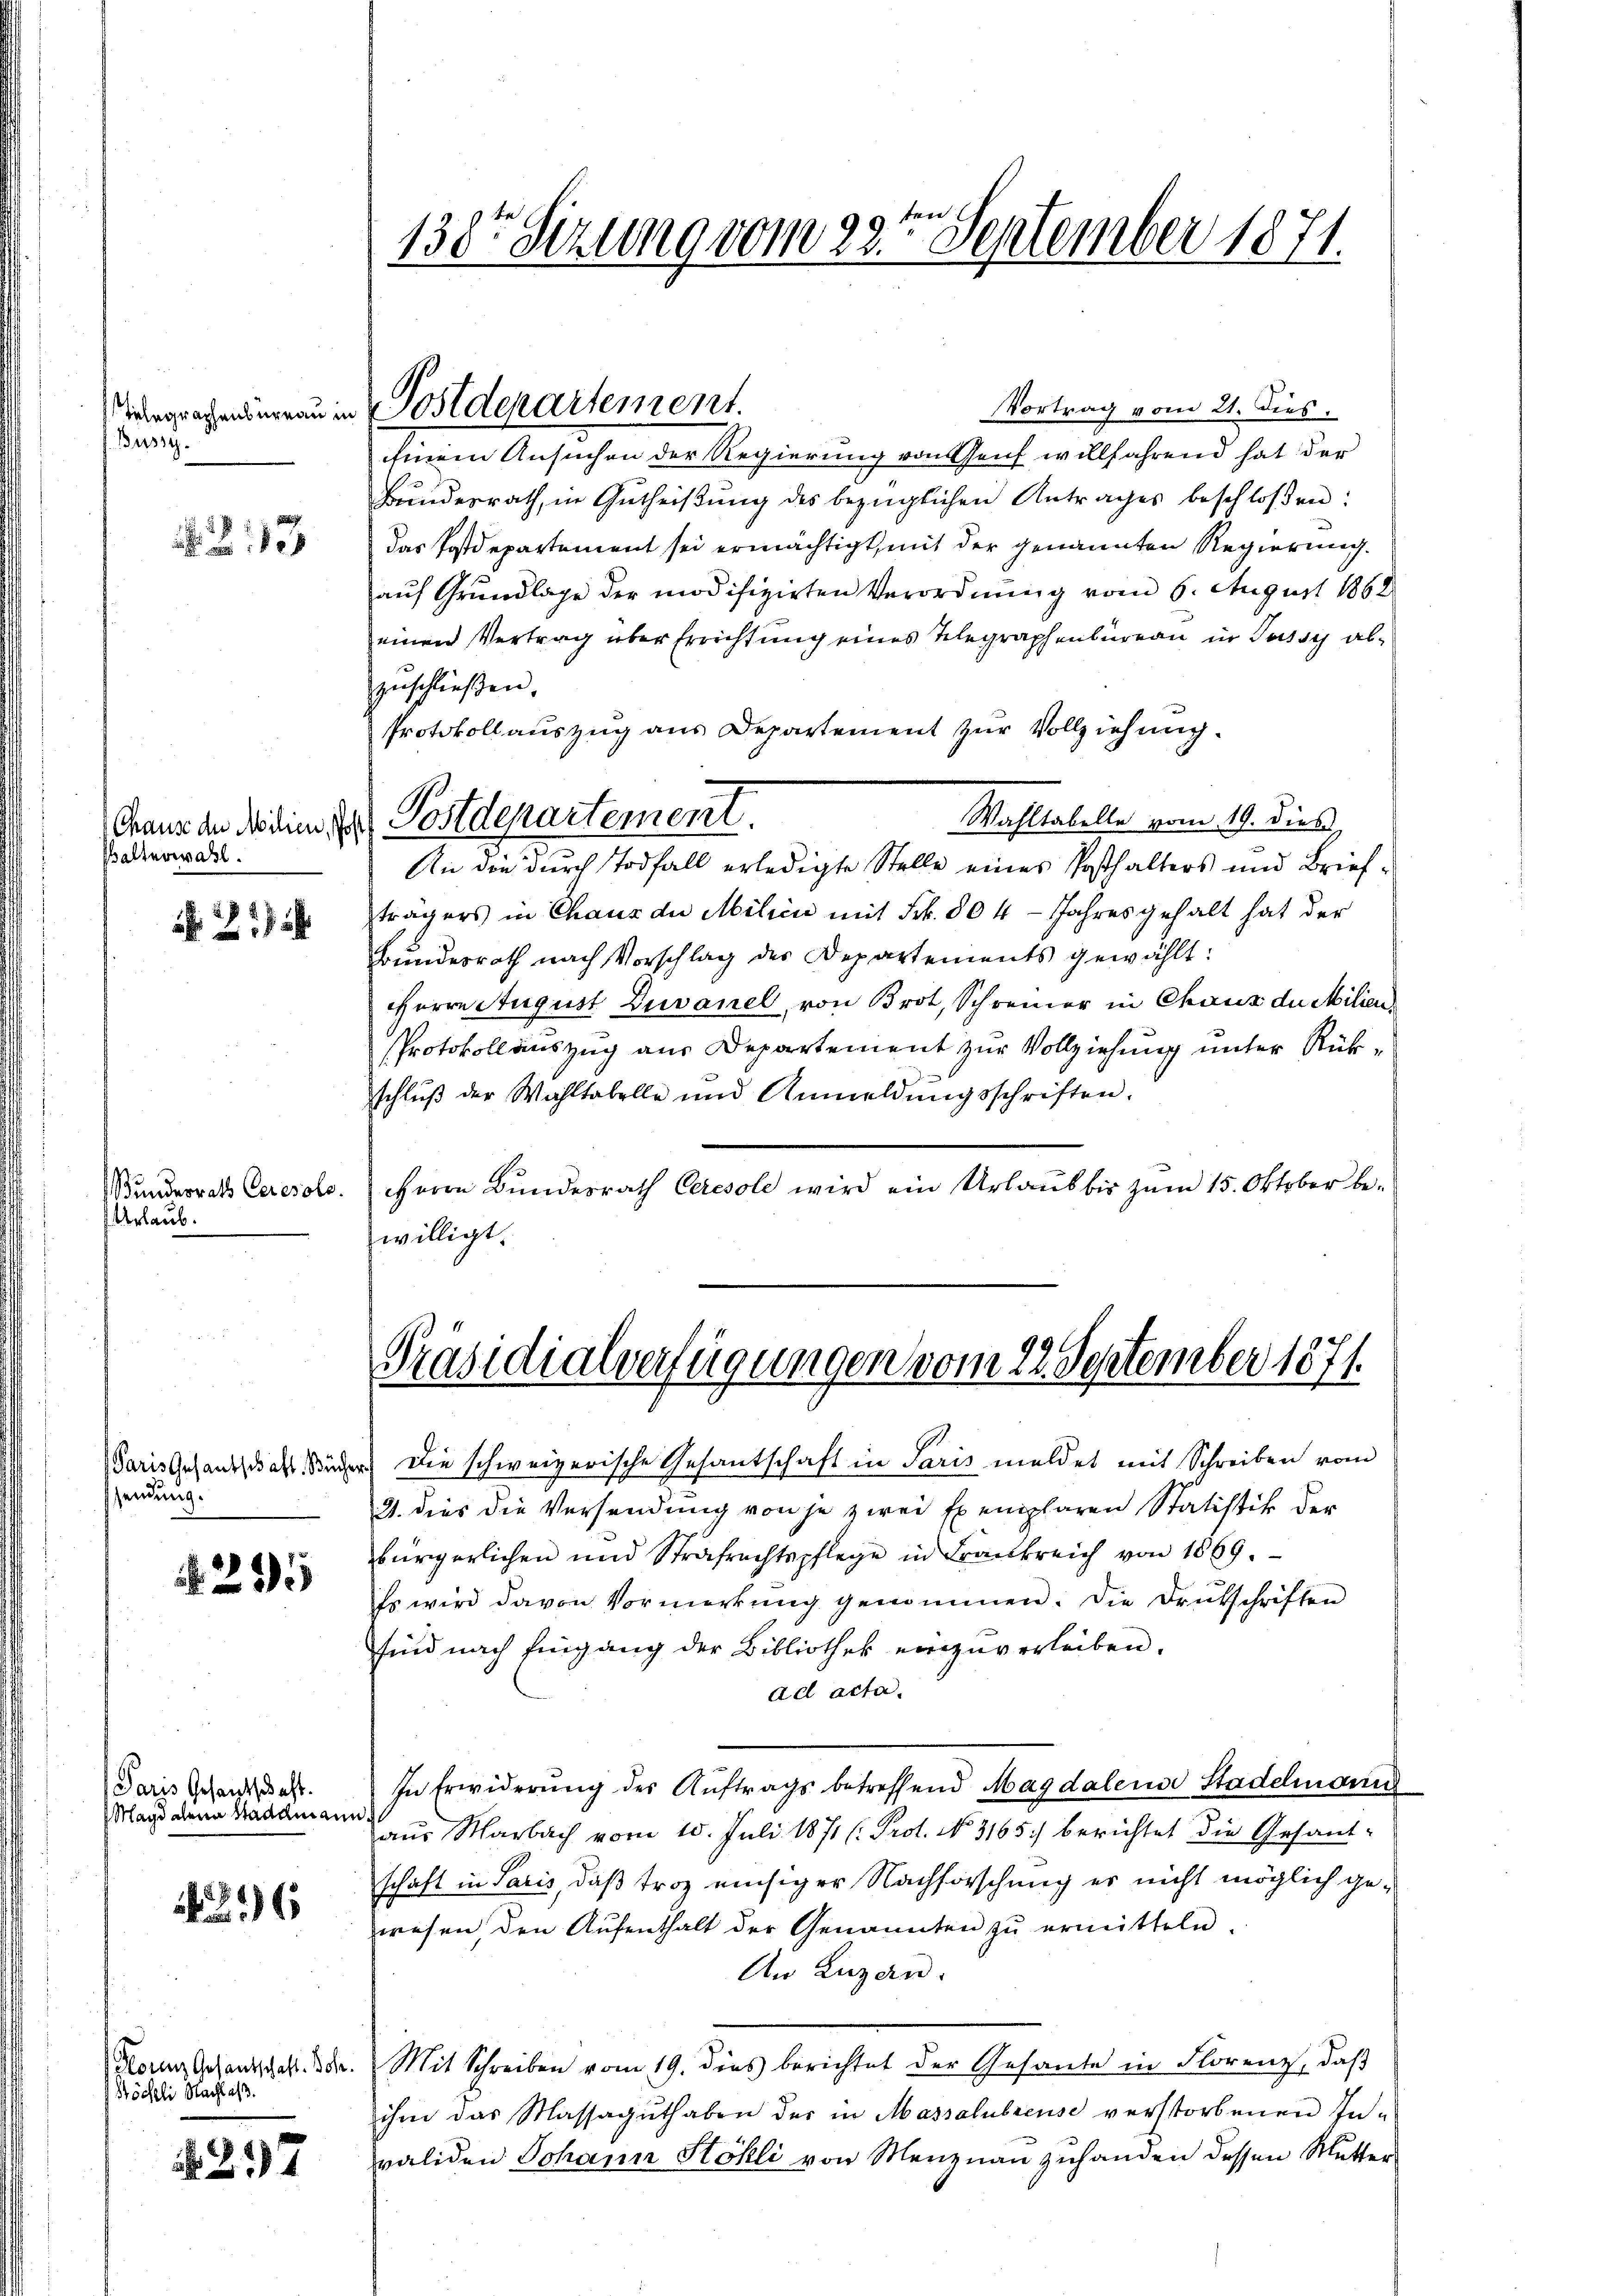
Büssy.

23

Balterwahl.

21

Wundesrath Ceresole.
Urlaub.

Paris Gesantschaft. Bücher
sennung.

235

Paris Gesandtschaft.
Magdalena Stadtmann

26

Horiz Gesantschaft. Bohr.
Köchli Nachlaß.

217

138te Sizung vom 23ten September 1871.

Vergrechen man in Postdepartement.

Gränz(...) de die der Postdepartement.

Vortrag vom 21. dies
hmem Ansuchen der Regierung von Genf willfahrend hat der
Bundesrath, in Gutheiβŭng des bezüglichen Antrages beschloßen:
das Postdepartement sei ermächtigt, mit der genannten Regierung.
auf Grundlage der modifizirten Verordnung vom 6. August 1862
einen Vertrag über Errichtung eines Telegraphenbureau in Tussy abzuschließen.
Protokollauszug aus Departement zur Vollziehung.
Wahltabelle vom 19. dieß,
An die durch Todfall erledigte Stelle eines Posthalters und Briefträgers in Chaus die Milići mit Frk. 804 - Jahres gehalt hat der
Bundesrath nach Vorschlag des Departements gewählt:
HHerrn August Zuvanel, von Brot, Schreiner in Chaux du milien
PProtokollauszug aus Departement zur Vollziehung unter Rükschluß der Wahltabelle und Anmeldŭngsschriften.
Herrn Bundesrath Ceresole wird ein Urlaub bis zum 15. Oktober bewilligt.

Präsidialverfügungen vom 23. September 1871.

Die schweizerische Gesantschaft in Paris meldet mit Schreiben vom
21. dies die Versendung von je zwei Exemplaren Statistik der
bürgerlichen und Strafrechtspflege in Frankreich von 1869.
Es wird davon Vormerkŭng genommen. Die Brütschriften
sind nach Eingang der Bibliothek einzuverleiben.
ad acta.
In Erwiderung des Aŭftrags betreffend Magdalens Stadelmann
aŭs Marbach vom 15. Juli 1871 (: Prot. No. 3165) berichtet die Gesandschaft in Paris, daß troz einsiger Nachforschung er nicht möglich gewesen den Aufenthalt der Genannten zu ermitteln.
An Luzern.
Mit Schreiben vom 19. dies berichtet der Gesante in Florenz, daβ
ihm das Massaguthaben des in Massalubreuse verstorbenen Inwaliden Johann Kohli von Menznau zuhanden dessen Mutter